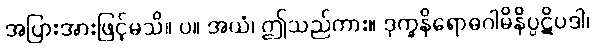
အပြားအားဖြင့်မသိ။ ပ။ အယံ၊ ဤသည်ကား။ ဒုက္ခနိရောဓဂါမိနိပ္ပဋိပဒါ၊